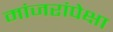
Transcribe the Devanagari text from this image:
मांजरांपेक्षा